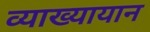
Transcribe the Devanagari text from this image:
व्याख्यायान